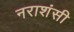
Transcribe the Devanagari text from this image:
नराशंसी